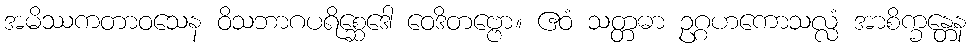
အမိဿကတာဝသေန ဝိသဘာဂပရိစ္ဆေဒေါ ဝေဒိတဗ္ဗော။ ဧဝံ သတ္တဓာ ဥဂ္ဂဟကောသလ္လံ အာစိက္ခန္တေန